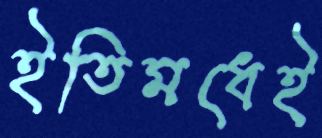
ইতিমধেই